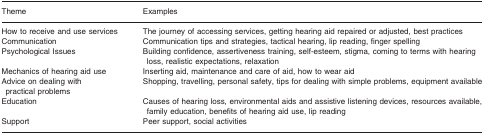
| Theme | Examples |
 | --- | --- |
 | How to receive and use services | The journey of accessing services, getting hearing aid repaired or adjusted, best practices |
 | Communication | Communication tips and strategies, tactical hearing, lip reading, finger spelling |
 | Psychological Issues | Building confidence, assertiveness training, self-esteem, stigma, coming to terms with hearing loss, realistic expectations, relaxation |
 | Mechanics of hearing aid use | Inserting aid, maintenance and care of aid, how to wear aid |
 | Advice on dealing with practical problems | Shopping, travelling, personal safety, tips for dealing with simple problems, equipment available |
 | Education | Causes of hearing loss, environmental aids and assistive listening devices, resources available, family education, benefits of hearing aid use, lip reading |
 | Support | Peer support, social activities |